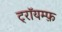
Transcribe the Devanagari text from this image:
ट्रॉयम्फ़